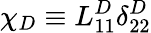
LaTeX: \chi_{D}\equiv L_{11}^{D}\delta_{22}^{D}